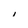
Character: i